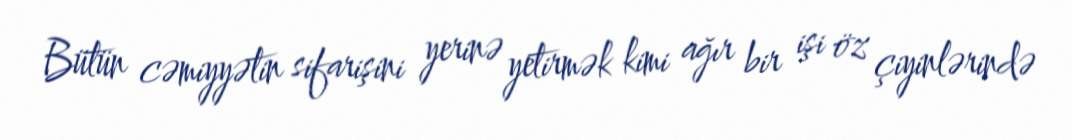
Bütün cəmiyyətin sifarişini yerinə yetirmək kimi ağır bir işi öz çiyinlərində